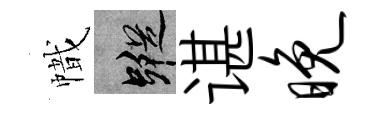
幟蹤谌晚